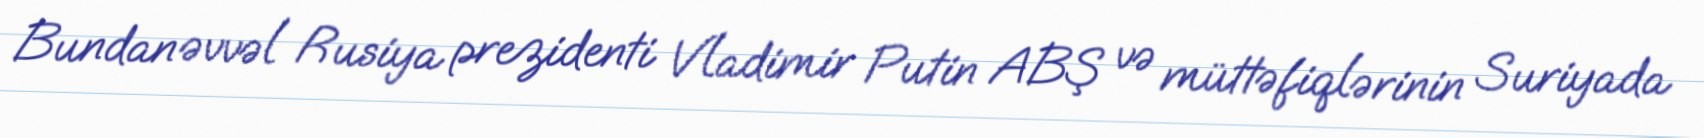
Bundan əvvəl Rusiya prezidenti Vladimir Putin ABŞ və müttəfiqlərinin Suriyada